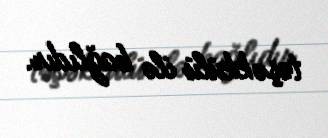
təşəkkülü ilə bağlıdır.